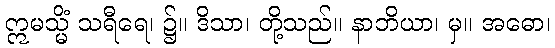
ဣမသ္မိံ သရီရေ၊ ၌။ ဒိသာ၊ တို့သည်။ နာဘိယာ၊ မှ။ အဓော၊